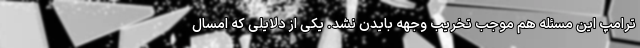
ترامپ این مسئله هم موجب تخریب وجهه بایدن نشد. یکی از دلایلی که امسال